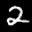
Label: 2